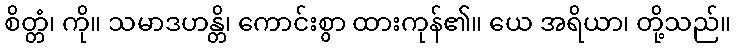
စိတ္တံ၊ ကို။ သမာဒဟန္တိ၊ ကောင်းစွာ ထားကုန်၏။ ယေ အရိယာ၊ တို့သည်။